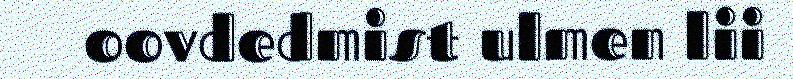
oovdedmist ulmen lii